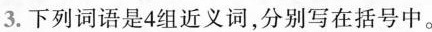
3.下列词语是4组近义词，分别写在括号中。